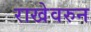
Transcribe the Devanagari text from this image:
राखेवरुन